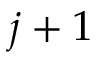
j + 1